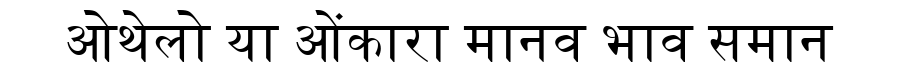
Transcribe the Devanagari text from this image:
ओथेलो या ओंकारा मानव भाव समान